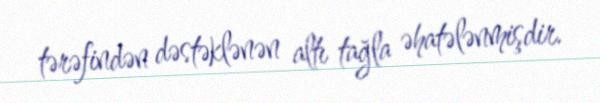
tərəfindən dəstəklənən altı tağla əhatələnmişdir.